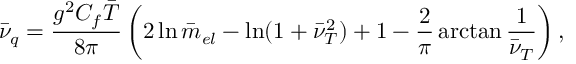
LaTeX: \bar { \nu } _ { q } = { \frac { g ^ { 2 } C _ { f } \bar { T } } { 8 \pi } } \left( 2 \ln \bar { m } _ { e l } - \ln ( 1 + \bar { \nu } _ { T } ^ { 2 } ) + 1 - { \frac { 2 } { \pi } } \arctan { \frac { 1 } { \bar { \nu } _ { T } } } \right) ,